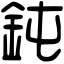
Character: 鈍